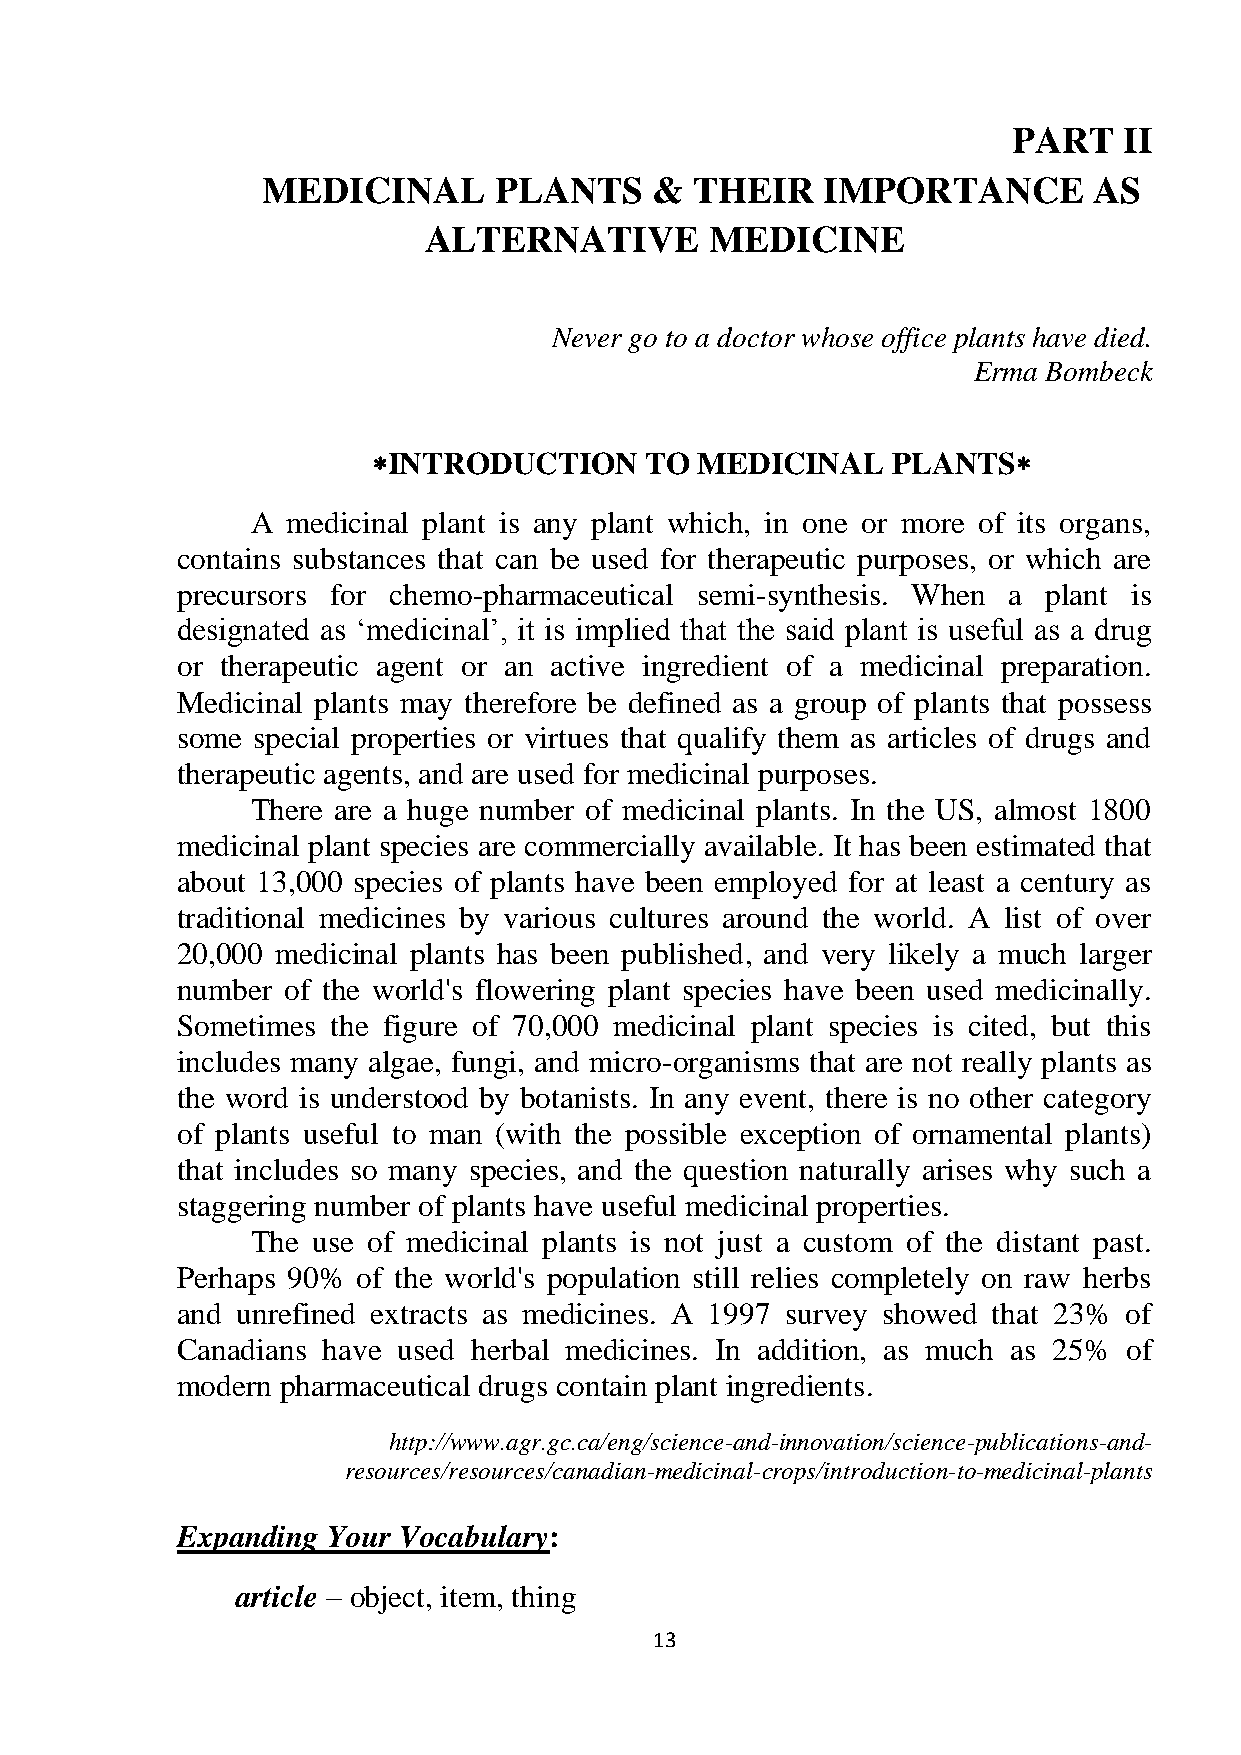
PART   II
 MEDICINAL       PLANTS    &  THEIR   IMPORTANCE        AS
 ALTERNATIVE        MEDICINE
 Never go to a doctor whose office plants have died.
 Erma Bombeck
 INTRODUCTION     TO MEDICINAL    PLANTS
 A medicinal plant is any plant which, in one or more of its organs,
 contains substances that can be used for therapeutic purposes, or which are
 precursors for chemo-pharmaceutical semi-synthesis. When a plant is
 designated as ‗medicinal‘, it is implied that the said plant is useful as a drug
 or therapeutic agent or an active ingredient of a medicinal preparation.
 Medicinal plants may therefore be defined as a group of plants that possess
 some special properties or virtues that qualify them as articles of drugs and
 therapeutic agents, and are used for medicinal purposes.
 There are a huge number of medicinal plants. In the US, almost 1800
 medicinal plant species are commercially available. It has been estimated that
 about 13,000 species of plants have been employed for at least a century as
 traditional medicines by various cultures around the world. A list of over
 20,000 medicinal plants has been published, and very likely a much larger
 number of the world's flowering plant species have been used medicinally.
 Sometimes the figure of 70,000 medicinal plant species is cited, but this
 includes many algae, fungi, and micro-organisms that are not really plants as
 the word is understood by botanists. In any event, there is no other category
 of plants useful to man (with the possible exception of ornamental plants)
 that includes so many species, and the question naturally arises why such a
 staggering number of plants have useful medicinal properties.
 The use of medicinal plants is not just a custom of the distant past.
 Perhaps 90% of the world's population still relies completely on raw herbs
 and unrefined extracts as medicines. A 1997 survey showed that 23% of
 Canadians have used herbal medicines. In addition, as much as 25% of
 modern pharmaceutical drugs contain plant ingredients.
 http://www.agr.gc.ca/eng/science-and-innovation/science-publications-and-
 resources/resources/canadian-medicinal-crops/introduction-to-medicinal-plants
 Expanding Your Vocabulary:
 article – object, item, thing
 13